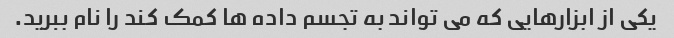
یکی از ابزارهایی که می تواند به تجسم داده ها کمک کند را نام ببرید.